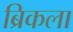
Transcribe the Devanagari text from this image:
ब्रिकला